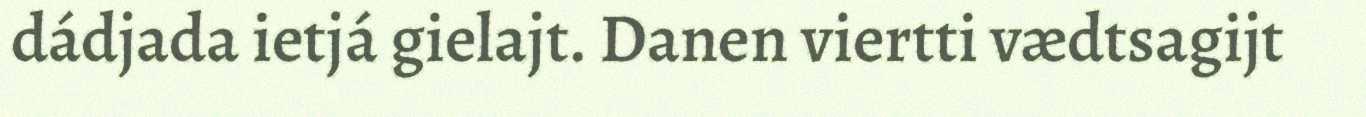
dádjada ietjá gielajt. Danen viertti vædtsagijt